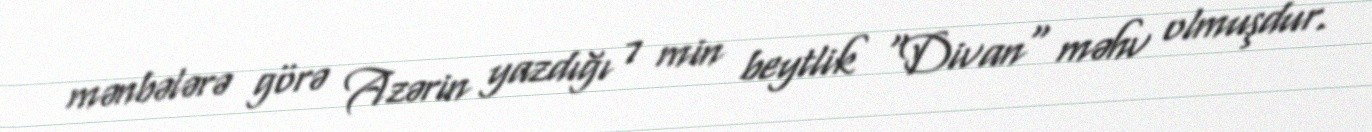
mənbələrə görə Azərin yazdığı 7 min beytlik "Divan" məhv olmuşdur.